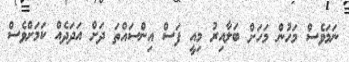
ނަމަވެސް މަހުން މަހަށް ބަލާއިރު މިއީ ފަސް އިންސައްތަ ދަށް އަދަދެއް ކަމަށްވެސް